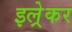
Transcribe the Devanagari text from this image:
इल्रेकर